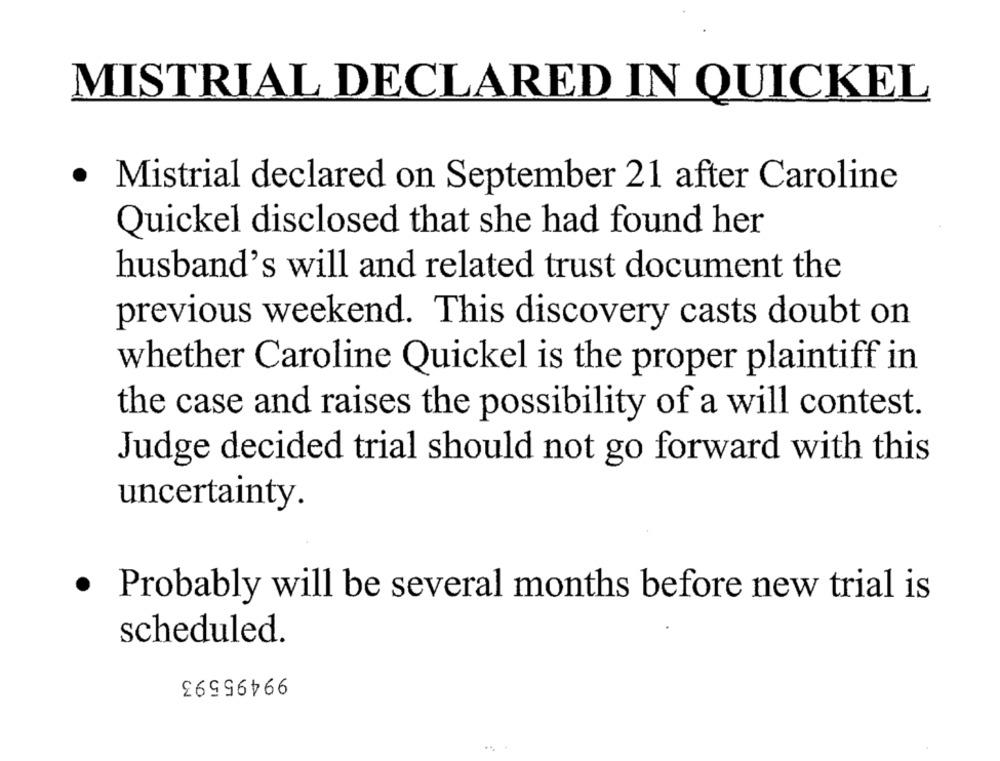
MISTRIAL DECLARED IN QUICKEL
· Mistrial declared on September 21 after Caroline
Quickel disclosed that she had found her
husband's will and related trust document the
previous weekend. This discovery casts doubt on
whether Caroline Quickel is the proper plaintiff in
the case and raises the possibility of a will contest.
Judge decided trial should not go forward with this
uncertainty.
· Probably will be several months before new trial is
scheduled.
99495593